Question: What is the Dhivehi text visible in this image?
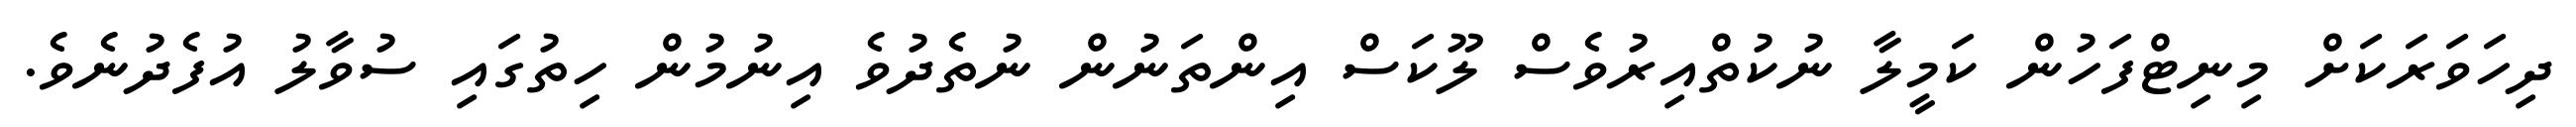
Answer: ދިހަވަރަކަށް މިނިޓްފަހުން ކަމީލާ ނުކުތްއިރުވެސް ލޫކަސް އިންތަނުން ނުތެދުވެ އިނުމުން ހިތުގައި ސުވާލު އުފެދުނެވެ.